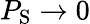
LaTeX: P_{\mathrm{S}}\to 0